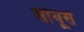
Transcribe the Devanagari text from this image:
सोयूर्स